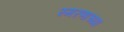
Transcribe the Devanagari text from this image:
स्मरणाच्या